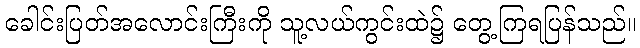
ခေါင်းပြတ်အလောင်းကြီးကို သူ့လယ်ကွင်းထဲ၌ တွေ့ကြရပြန်သည်။